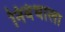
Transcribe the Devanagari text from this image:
निबंधाला